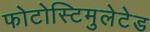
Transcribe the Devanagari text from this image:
फोटोस्टिमुलेटेड